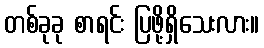
တစ်ခုခု စာရင်း ပြဖို့ရှိသေးလား။